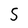
Character: S